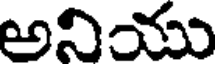
అనియు